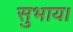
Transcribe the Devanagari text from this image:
सुभाय।